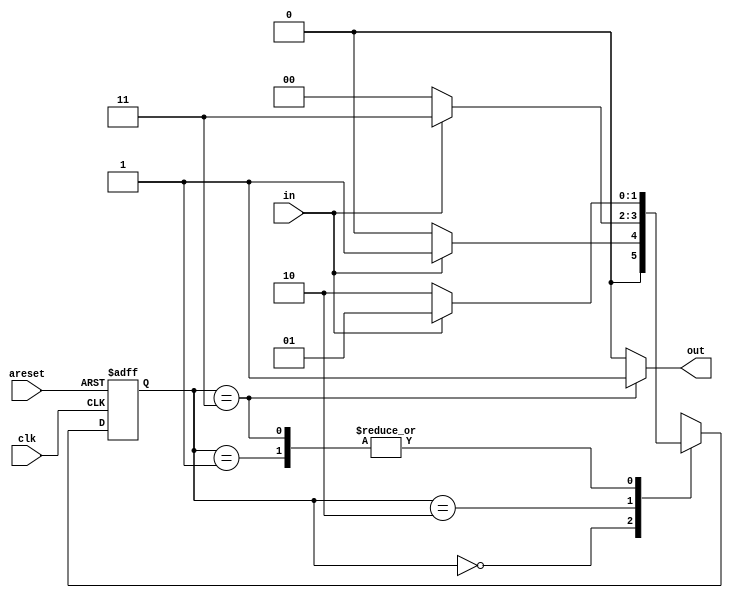
module top_module(
    input clk,
    input in,
    input areset,
    output out); //

    reg [1:0] state, next_state;
    parameter A=2'b00, B=2'b01, C=2'b10, D=2'b11;
    
    // State transition logic
    always @(*) begin
        case(state)
            A : next_state <= (in == 0) ? A : B;
            B : next_state <= (in == 0) ? C : B;
            C : next_state <= (in == 0) ? A : D;
            D : next_state <= (in == 0) ? C : B;
            default: next_state <= A;
        endcase
    end

    // State flip-flops with asynchronous reset
    always @(posedge clk or posedge areset) begin
        if(areset)
            state <= A;
        else
            state <= next_state;
    end

    // Output logic
    assign out = (state == D) ? 1'b1 : 1'b0;

endmodule